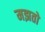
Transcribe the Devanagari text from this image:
मझतो